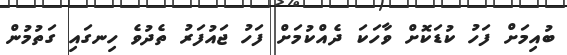
ބުއިމަށް ފަހު ކުޑަކޮށް ވާހަކަ ދެއްކުމަށް ފަހު ޖައުފަރު ތެދުވެ ހިނގައި ގަތުމުން